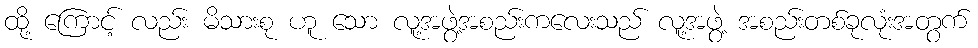
ထို့ ကြောင့် လည်း မိသားစု ဟူ သော လူ့အဖွဲ့အစည်းကလေးသည် လူ့အဖွဲ့ အစည်းတစ်ခုလုံးအတွက်